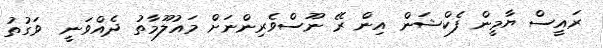
ރައީސް ޔާމީން ފެކްޝަން އިން ރޭ ނޫސްވެރިންނަށް މައުލޫމާތު ދެއްވަނީ  ވަގުތު